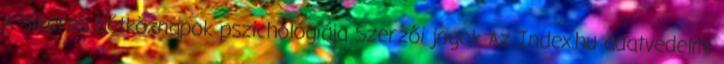
A sikeres hétköznapok pszichológiája Szerzői jogok Az Index.hu adatvédelmi